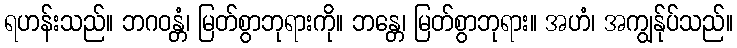
ရဟန်းသည်။ ဘဂဝန္တံ၊ မြတ်စွာဘုရားကို။ ဘန္တေ၊ မြတ်စွာဘုရား။ အဟံ၊ အကျွန်ုပ်သည်။